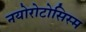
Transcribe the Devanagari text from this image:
नयोरोटोसिस्म